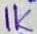
Text: 1K